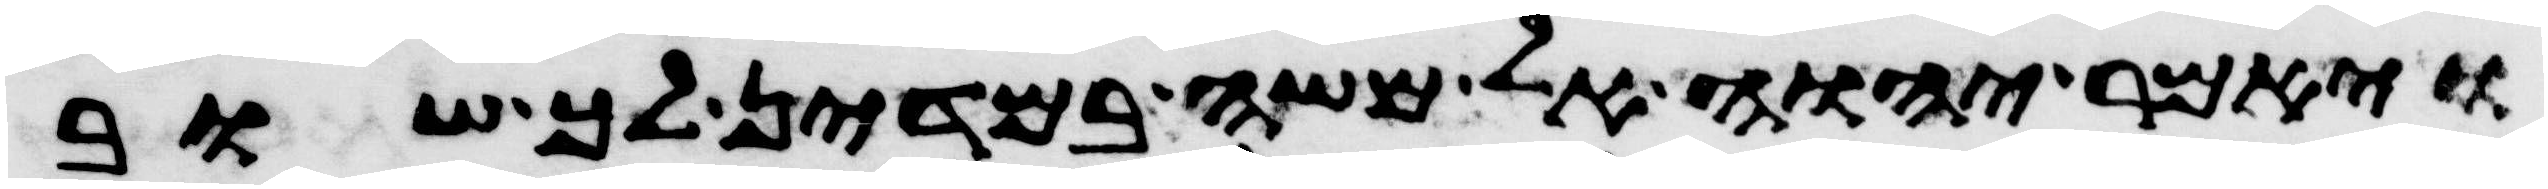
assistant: ויאמר יהוה אל משה במדין לך שוב